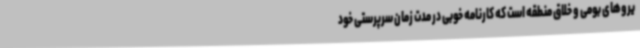
یروهای بومی و خلاق منطقه است که کارنامه خوبی در مدت زمان سرپرستی خود